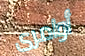
أوامرى